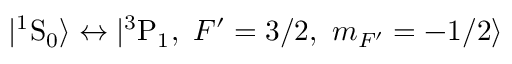
| ^ { 1 } \mathrm { S } _ { 0 } \rangle \leftrightarrow | { ^ 3 } \mathrm { P } _ { 1 } , ~ F ^ { \prime } = 3 / 2 , ~ m _ { F ^ { \prime } } = - 1 / 2 \rangle